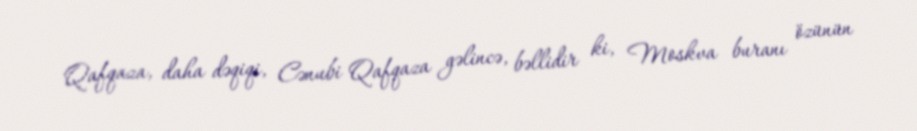
Qafqaza, daha dəqiqi, Cənubi Qafqaza gəlincə, bəllidir ki, Moskva buranı özünün